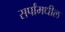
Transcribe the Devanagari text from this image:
सर्पांमधील